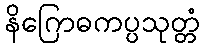
နိဂြောဓကပ္ပသုတ္တံ